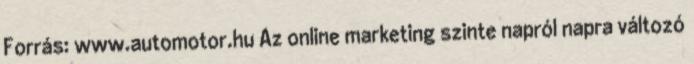
Forrás: www.automotor.hu Az online marketing szinte napról napra változó